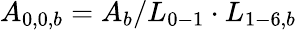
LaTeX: {A_{0,0,b}}={A_{b}}/{L_{0-1}}\cdot{L_{1-6,b}}